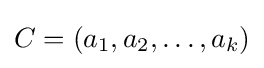
C=(a_{1},a_{2},\ldots ,a_{k})